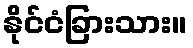
နိုင်ငံခြားသား။